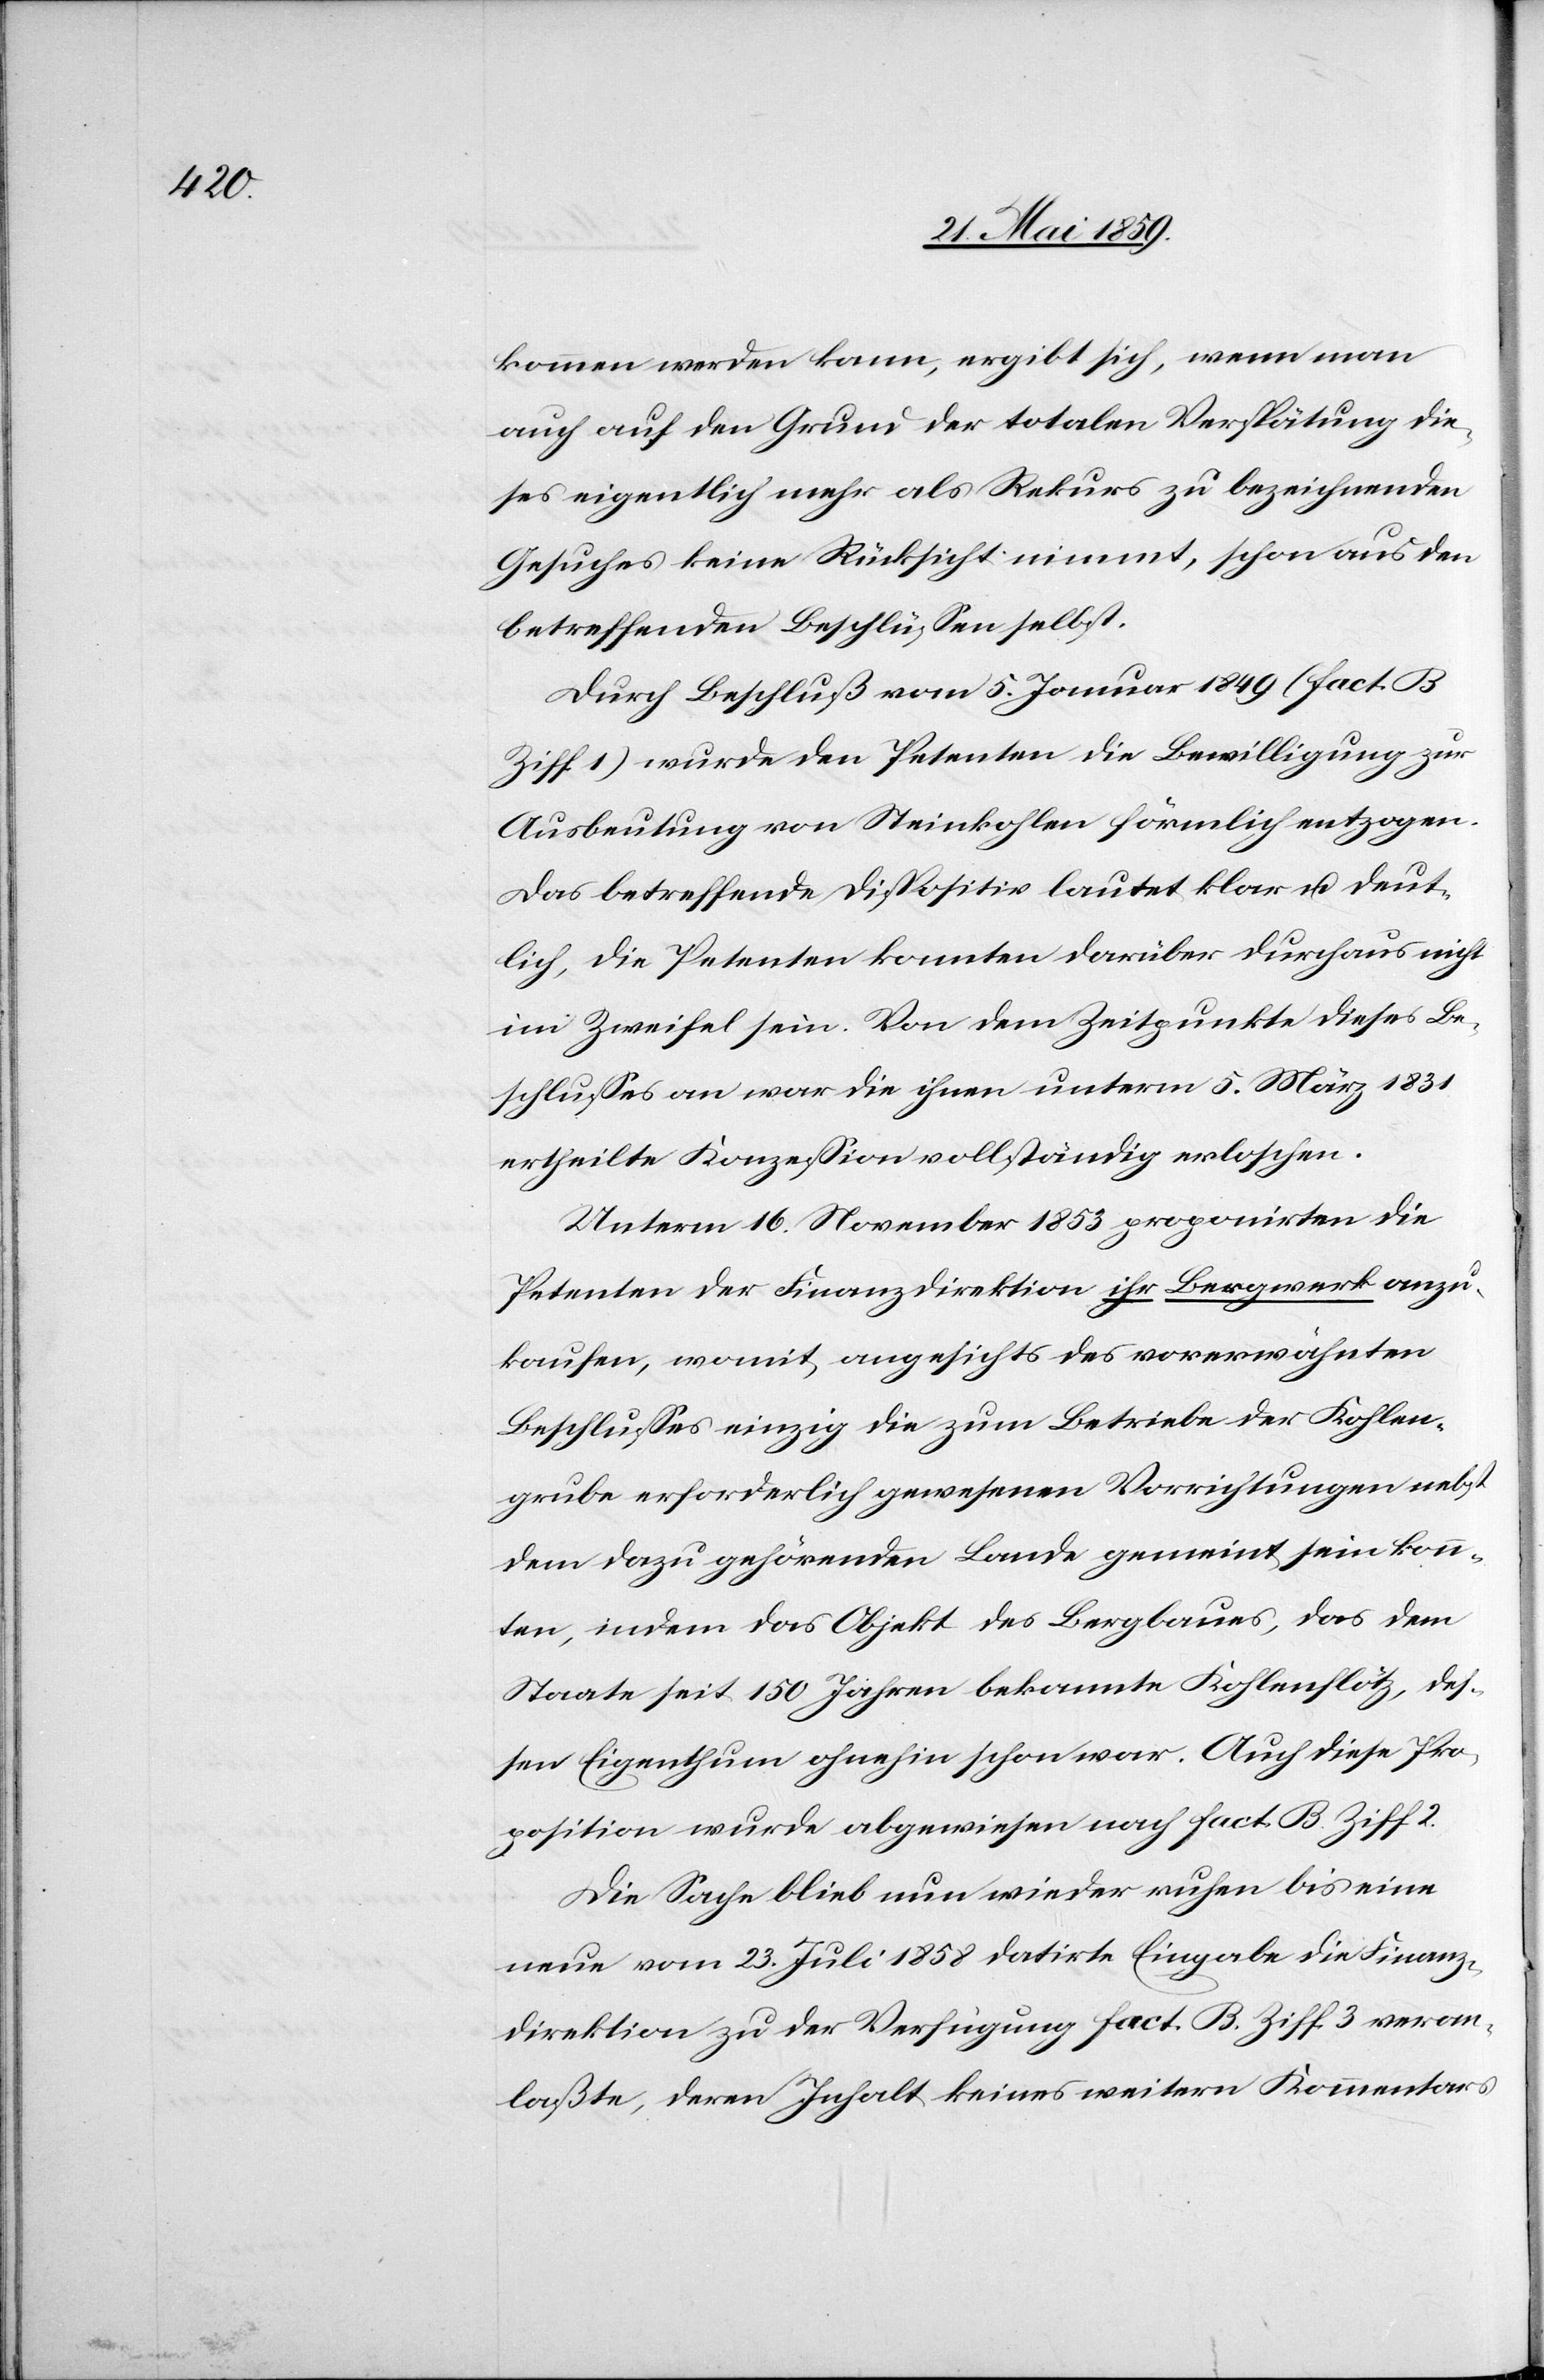
auch auf den Grund der totalen Verspätung die¬
ses eigentlich mehr als Rekurs zu bezeichnenden
Gesuches keine Rücksicht nimmt, schon aus den
betreffenden Beschlüßen selbst.
Durch Beschluß vom 5. Januar 1849 (fact. B
Ziff. 1) wurde den Petenten die Bewilligung zur
Ausbeutung von Steinkohlen förmlich entzogen.
Das betreffende Dispositiv lautet klar u. deut¬
lich, die Petenten konnten darüber durchaus nicht
im Zweifel sein. Von dem Zeitpunkte dieses Be¬
schlußes an war die ihnen unterm 5. März 1831
ertheilte Konzeßion vollständig erloschen.
Unterm 16. November 1853 proponirten die
Petenten der Finanzdirektion ihr Bergwerk anzu¬
kaufen, womit angesichts des vorerwähnten
Beschlußes einzig die zum Betriebe der Kohlen¬
grube erforderlich gewesenen Vorrichtungen nebst
dem dazu gehörenden Lande gemeint sein kon¬
nten, indem das Objekt des Bergbaues, das dem
Staate seit 150 Jahren bekannte Kohlenflötz, deß¬
en Eigenthum ohnehin schon war. Auch diese Pro¬
position wurde abgwiesen nach fact. B. Ziff 2.
Die Sache blieb nun wieder ruhen bis eine
neue vom 23. Juli 1858 datirte Eingabe die Finanz¬
direktion zu der Verfügung fact. B. Ziff. 3 veran¬
laßte, deren Inhalt keines weitern Kommentars